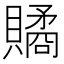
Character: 𧷾